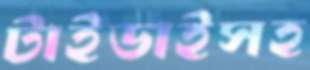
টাইডাইসহ